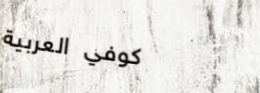
كوفي العربية